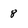
Character: 8